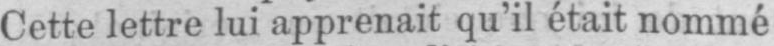
Cette lettre lui apprenait qu’il était nommé